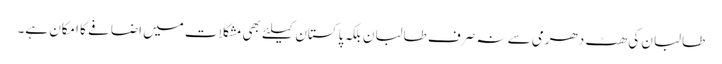
طالبان کی ھٹ دھرمی سے نہ صرف طالبان بلکہ پاکستان کیلئے بھی مشکلات میں اضافے کا امکان ہے۔